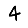
Digit: 4